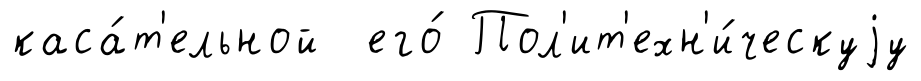
каса́т'ельной его́ Пол'ит'ехн'и́ческуjу